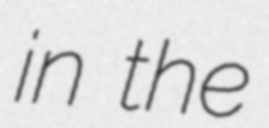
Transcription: in the